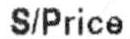
S/PRICE